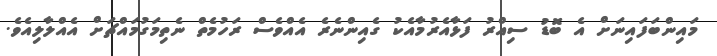
މައިންބަފައިނަށް އެ ބޮޑު ސިއްރު ފަޅާއެރުމާއެކު ގެއިންނެރެ އެއްވެސް ރަހުމެތް ނެތިމަގުމައްޗަށް އެއްލާލިއެވެ.